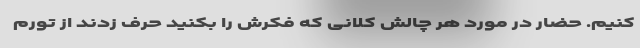
کنیم. حضار در مورد هر چالش کلانی که فکرش را بکنید حرف زدند از تورم